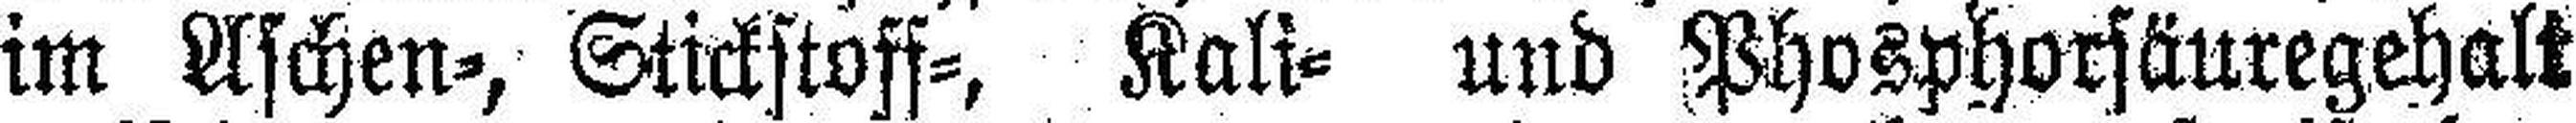
im Aschen=, Stickstoff=, Kali= und Phosphorsäuregehalt